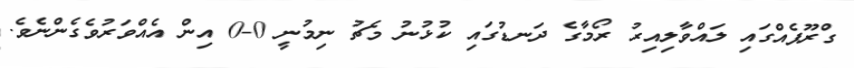
ގްރޫޕެއްގައި ލައްވާލިއިރު ރޯމާގެ ދަނޑުގައި ކުޅުނު މެޗު ނިމުނީ 0-0 އިން އެއްވަރުވެގެންނެވެ.